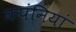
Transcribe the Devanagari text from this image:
कपंनियां